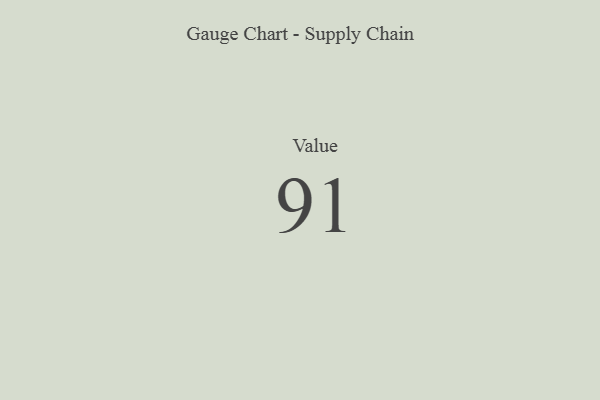
{"axis": {"x": "Metric", "y": "Value"}, "legend": [""], "data": [{"x": "Value", "y": 91, "type": ""}]}